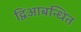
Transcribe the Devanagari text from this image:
द्विआबन्धित